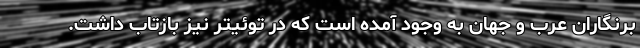
برنگاران عرب و جهان به وجود آمده است که در توئیتر نیز بازتاب داشت.